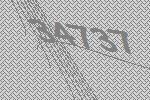
34737